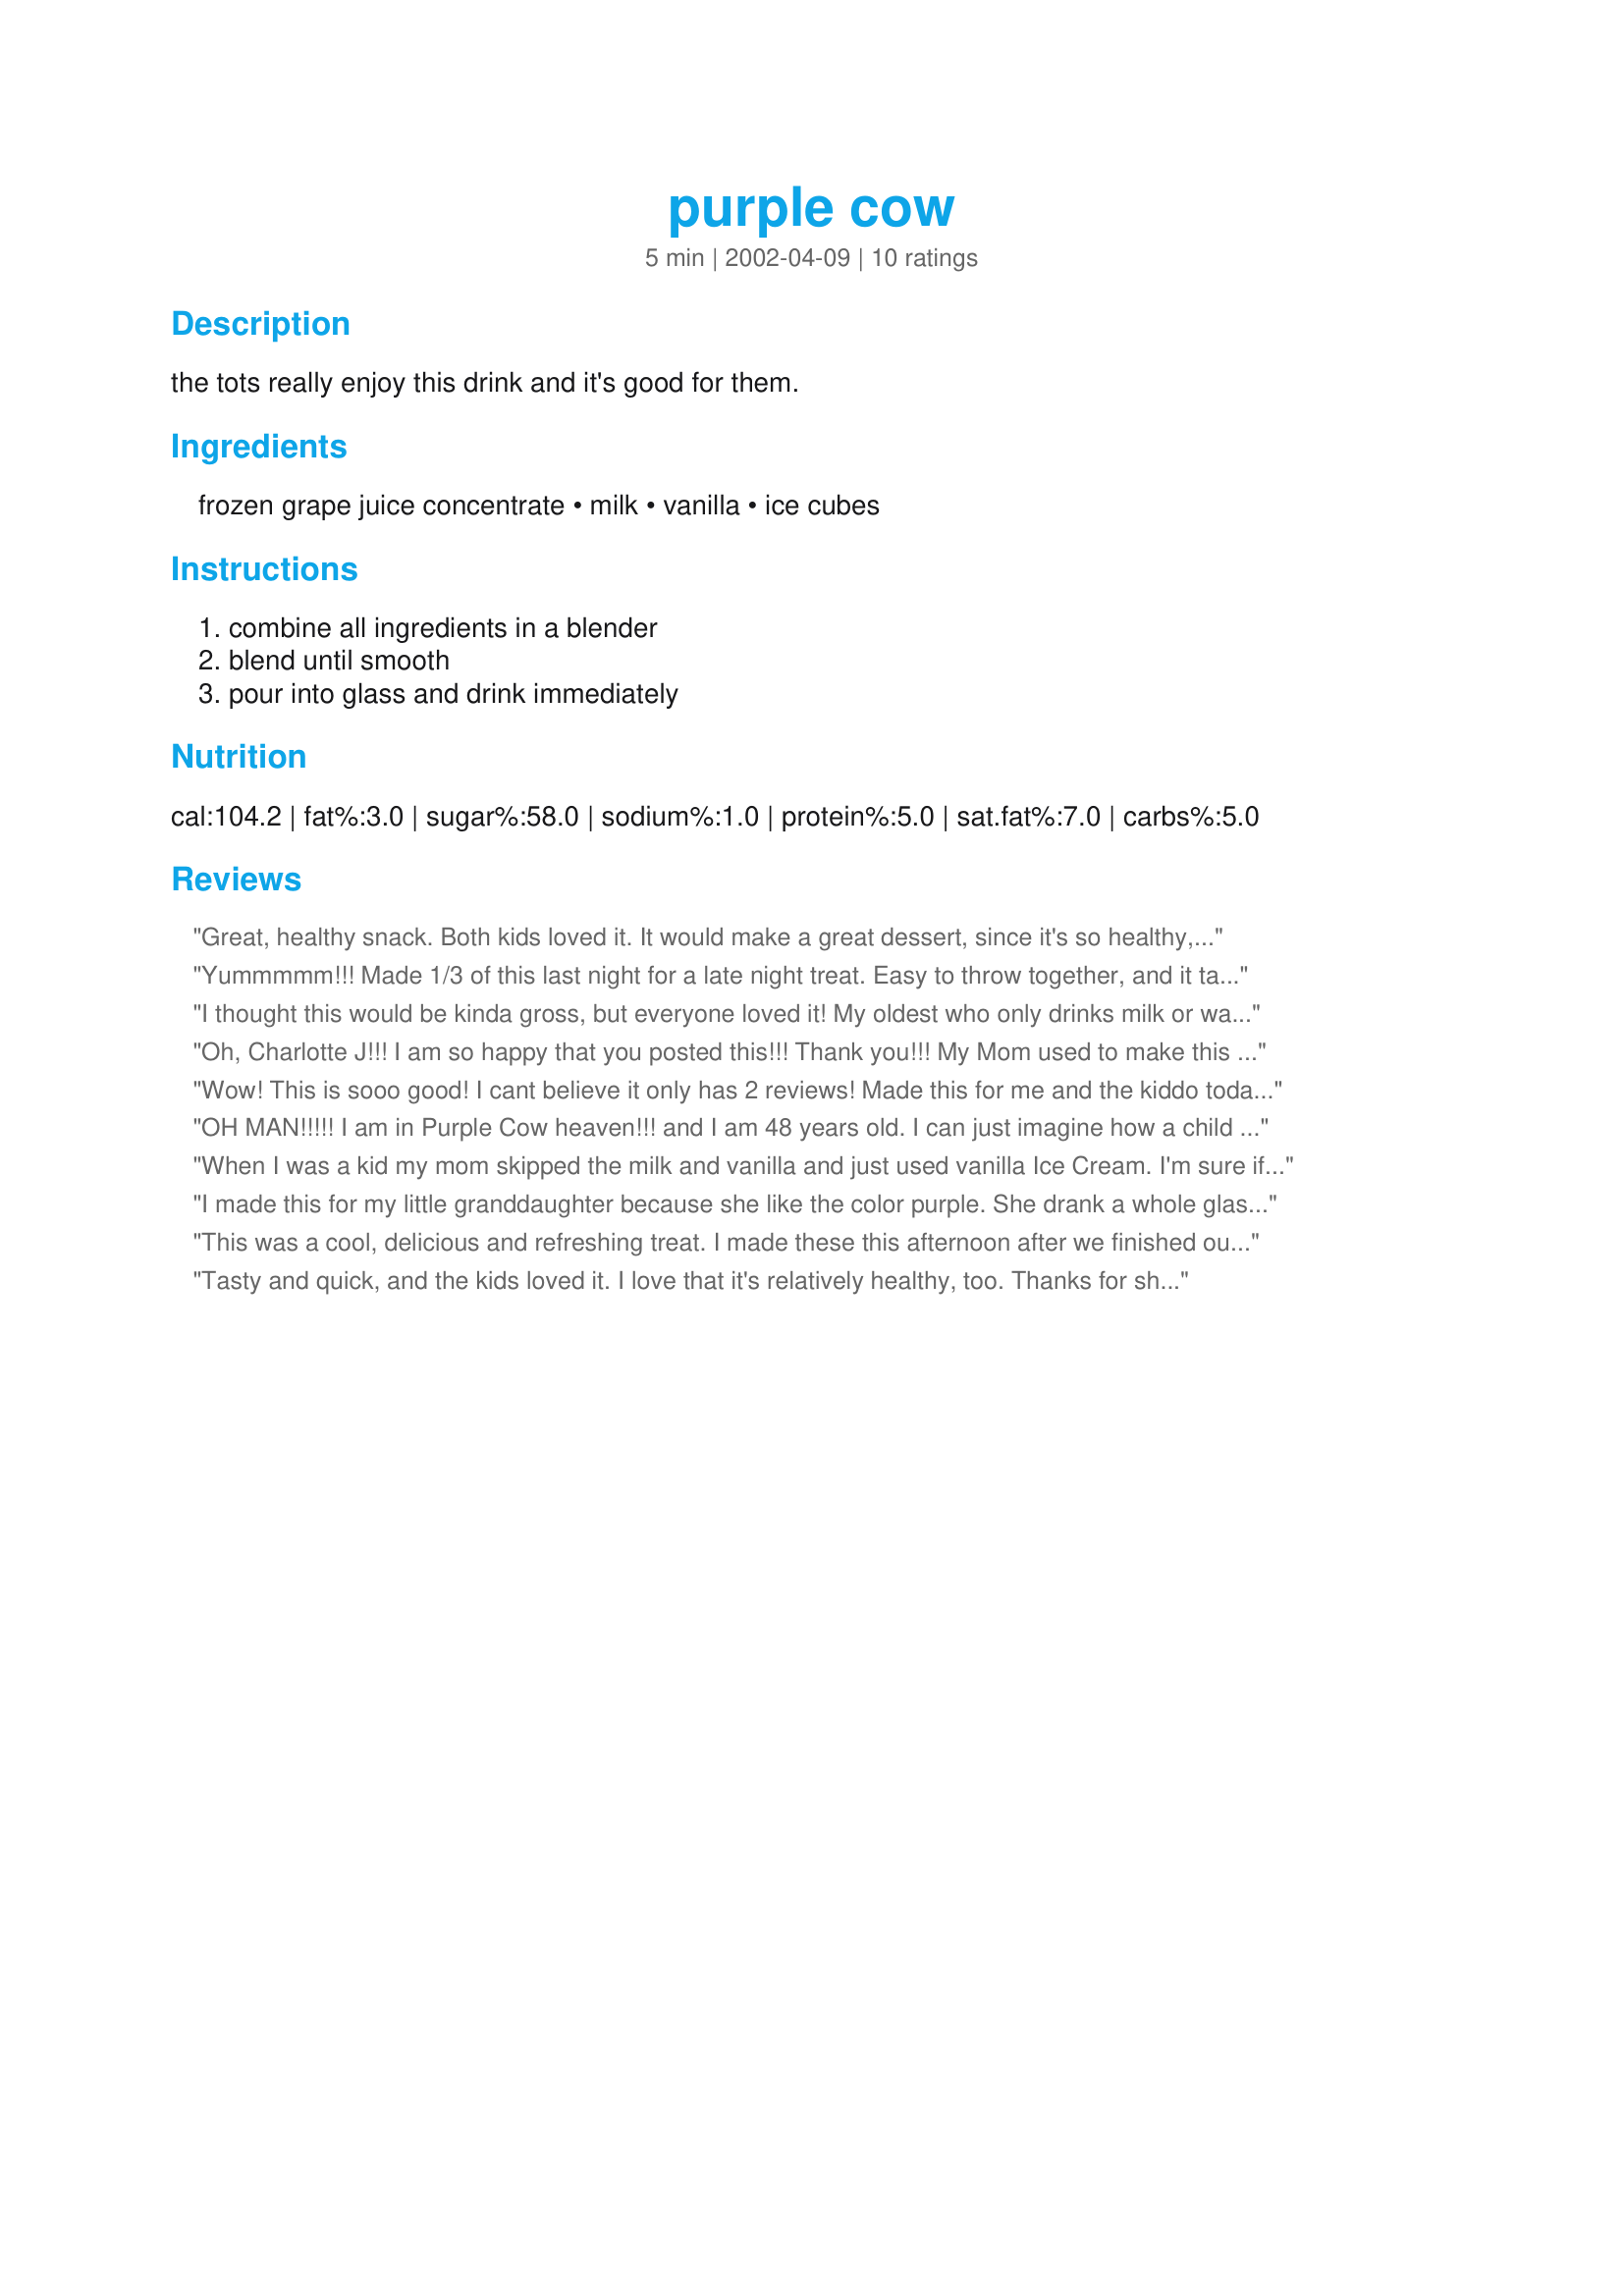
purple cow
Preparation time: 5 minutes

the tots really enjoy this drink and it's good for them.

Ingredients:
frozen grape juice concentrate, milk, vanilla, ice cubes

Steps:
combine all ingredients in a blender, blend until smooth, pour into glass and drink immediately

Reviews:
Great, healthy snack. Both kids loved it. It would make a great dessert, since it's so healthy, yet sweet. I have been running out of snack ideas and this was just perfect. Served with graham crackers. Thank you!
Yummmmm!!! Made 1/3 of this last night for a late night treat. Easy to throw together, and it tasted so good. Thanks for sharing!
I thought this would be kinda gross, but everyone loved it! My oldest who only drinks milk or water inhaled it. Will definately be making this again to get her to drink juice...Thanks!!

Mine was considerably darker purple also...not sure why.
Oh, Charlotte J!!! I am so happy that you posted this!!! Thank you!!! My Mom used to make this for me 20 or 25 years ago, and I totally forgot about it...I made it tonight for MY kids, and I am now, in their words, "The best Mom in the world!!!" Thanks so much...I actually added 1/2 cup vanilla ice cream too, just to insure that their bellies would be full...Boy did that work! Thank you again, for posting this! YUM-O!!!
Wow! This is sooo good! I cant believe it only has 2 reviews! Made this for me and the kiddo today and he said it was the best drink of his whole life (he is only 3 after all so he could be right;) Thanks for an EASY drink that goes into my 'Zaar repeats cookbook!
OH MAN!!!!! I am in Purple Cow heaven!!! and I am 48 years old. I can just imagine how a child will react to this great drink. I didn't have any frozen juice concentrate, so I just froze some Welch's grape juice and it was wonderful. Next time I think I am going to use lowfar frozen vanilla yogurt instead of milk, just to see if it makes it any better, but I don't know if I could stand it being any better!!!
When I was a kid my mom skipped the milk and vanilla and just used vanilla Ice Cream. I'm sure if your counting calories frozen yogurt would work as well.
I made this for my little granddaughter because she like the color purple. She drank a whole glass. It was a easy way to get her to drink milk. 

Thanks Charlotte J. 

Bullwinkle.
This was a cool, delicious and refreshing treat. I made these this afternoon after we finished our soft-ball games. I followed your directions exactly and we were in heaven. Very slushy and and the grape juice made them sweet and tangy. A lovely purple color, too. The kids, husband and I all agreed--5 stars. Yeah Charlotte J.
Tasty and quick, and the kids loved it. I love that it's relatively healthy, too. Thanks for sharing!
